Vaccine operations Central Provinces 1868-1885 - 1868-1885
Year: 1868
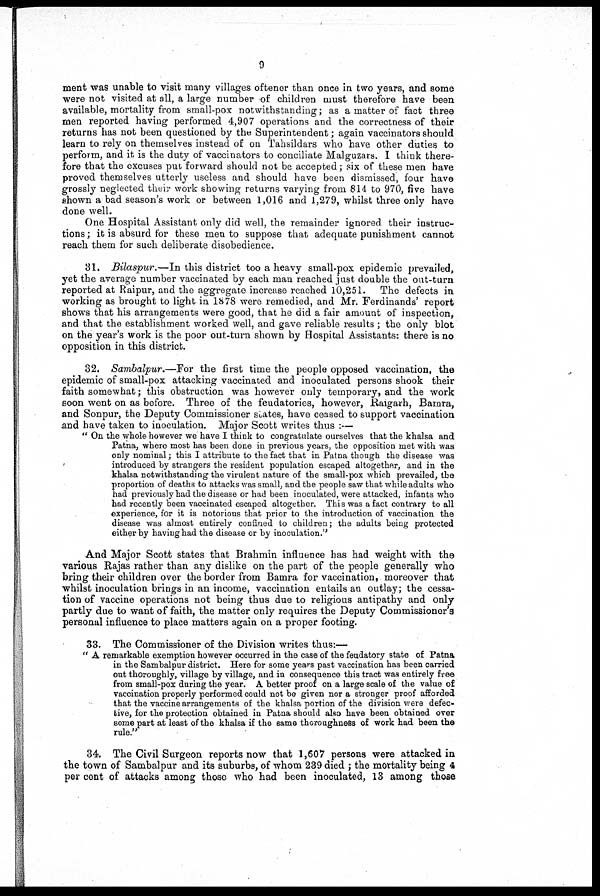
9
merit was unable to visit many villages oftener than once in two years, and some
were not visited at all, a large number of children must therefore have been
available, mortality from small-pox notwithstanding; as a matter of fact three
men reported having performed 4,907 operations and the correctness of their
returns has not been questioned by the Superintendent; again vaccinators should
learn to rely on themselves instead of on Tahsildars who have other duties to
perform, and it is the duty of vaccinators to conciliate Malguzars. I think there-
fore that the excuses put. forward should not be accepted; six of these men have
proved themselves utterly useless and should have been dismissed, four have
grossly neglected their work showing returns varying from 814 to 970, five have
shown a bad season's work or between 1,016 and 1,279, whilst three only have
done well.
One Hospital Assistant only did well, the remainder ignored their instruc-
tions ; it is absurd for these men to suppose that adequate punishment cannot
reach them for such deliberate disobedience.
31, Bilaspur.—In
this district too a heavy small-pox epidemic prevailed,
yet the average number vaccinated by each man reached just double the out-turn
reported at Raipur, and the aggregate increase reached 10,251. The defects in
working as brought to light in 1878 were remedied, and Mr. Ferdinands' report
shows that his arrangements were good, that he did a fair amount of inspection,
and that the establishment worked well, and gave reliable results ; the only blot
on the year's work is the poor out-turn shown by Hospital Assistants: there is no
opposition in this district.
32, Sambalpur.—For
the first time the people opposed vaccination, the
epidemic of small-pox attacking vaccinated and inoculated persons shook their
faith somewhat; this obstruction was however only temporary, and the work
soon went on as before. Three of the feudatories, however, Raigarh, Barara,
and Sonpur, the Deputy Commissioner states, have ceased to support vaccination
and have taken to inoculation. Major Scott writes thus :—
" On the whole however we have I think to congratulate ourselves that the khalsa and
Patna, where most has been done in previous years, the opposition met with was
only nominal; this I attribute to the fact that in Patna though the disease was
introduced by strangers the resident population escaped altogether, and in the
khalsa notwithstanding the virulent nature of the small-pox which prevailed, the
proportion of deaths to attacks was small, and the people saw that while adults who
had previously had the disease or had been inoculated, were attacked, infants who
had recently been vaccinated escaped altogether. This was a fact contrary to all
experience, for it is notorious that prior to the introduction of vaccination the
disease was almost entirely COD fined to children; the adults being protected
either by having had the disease or by inoculation.''
And Major Scott states that Brahmin influence has had weight with the
various Rajas rather than any dislike on the part of the people generally who
bring their children over the border from Bamra for vaccination, moreover that
whilst inoculation brings in an income, vaccination entails an outlay; the cessa-
tion of vaccine operations not being thus due to religious antipathy and only
partly due to want of faith, the matter only requires the Deputy Commissioner's
personal influence to place matters again on a proper footing.
33. The Commissioner of the Division writes thus:—
" A remarkable exemption however occurred in the case of the feudatory state of Patna
in the Sambalpur district. Here for some years past vaccination has been carried
out thoroughly, village by village, and in consequence this tract was entirely free
from small-pox during the year. A better proof on a large scale of the value of
vaccination properly performed could not be given nor a stronger proof afforded
that the vaccine arrangements of the khalsa portion of the division were defec-
tive, for the protection obtained in Patna should also have been obtained over
some part at least of the khalsa if the same thoroughness of work had been the
rule."
34. The Civil Surgeon reports now that 1,607 persons were attacked in
the town of Sambalpur and its suburbs, of whom 239 died ; the mortality being 4
per cent of attacks among those who had been inoculated, 13 among those